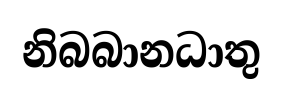
නිබබානධාතු